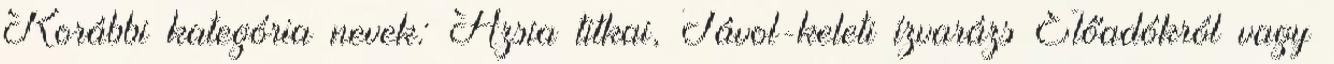
Korábbi kategória nevek: Ázsia titkai, Távol-keleti ízvarázs Előadókról vagy